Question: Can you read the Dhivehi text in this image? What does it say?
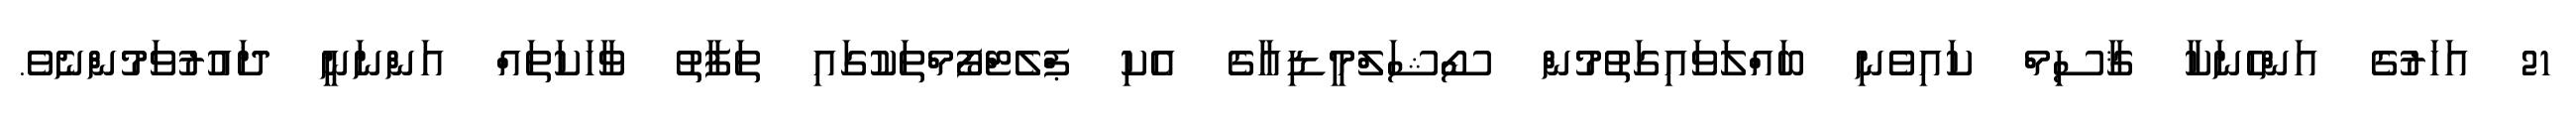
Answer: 21 އަހަރުގެ އަންހެނަކާ ޤާސިމް ކައިވެނި ބައްލަވައިގަތުމުން ސޯޝަލްމީޑިއާގެ އެކި ޕްލެޓްފޯމްތަކުގައި ތަފާތު ވާހަކަތައް އަންނަނީ ދައުރުވަމުންނެވެ.